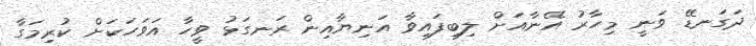
ދަގަނޑޭ ވަނީ މިހާރު އޭނާއަށް ލިބިފައިވާ އަނިޔާއިން ރަނގަޅު ވީހާ އަވަހަކަށް ކުރިމަގާ